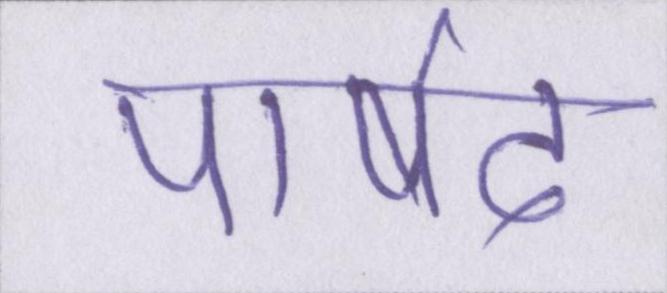
पार्षद